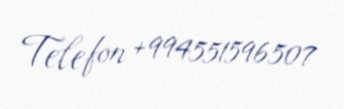
Telefon +994551596507